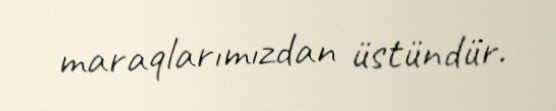
maraqlarımızdan üstündür.